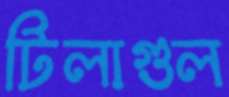
টিলাগুল